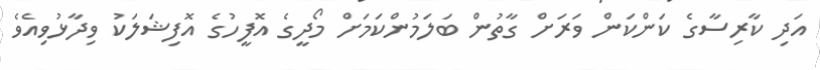
އަދި ކާރިސާގެ ކަންކަން ވަރަށް ގާތުން ބަލަމުންކަމަށް މޯދީގެ އޮފީހުގެ އޮފިޝަލަކު ވިދާޅުވިއެވެ